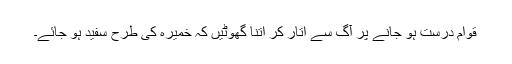
قوام درست ہو جانے پر آگ سے اُتار کر اِتنا گھوٹیں کہ خمیرہ کی طرح سفید ہو جائے۔